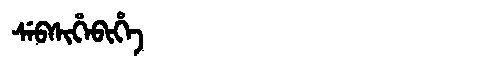
Manchu: ᠰᡝᠪᠰᡳᡥᡝᠪᡳᡥᡝ
Romanization: SEBSIHEBIHE